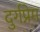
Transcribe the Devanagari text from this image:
दुर्गप्रेम